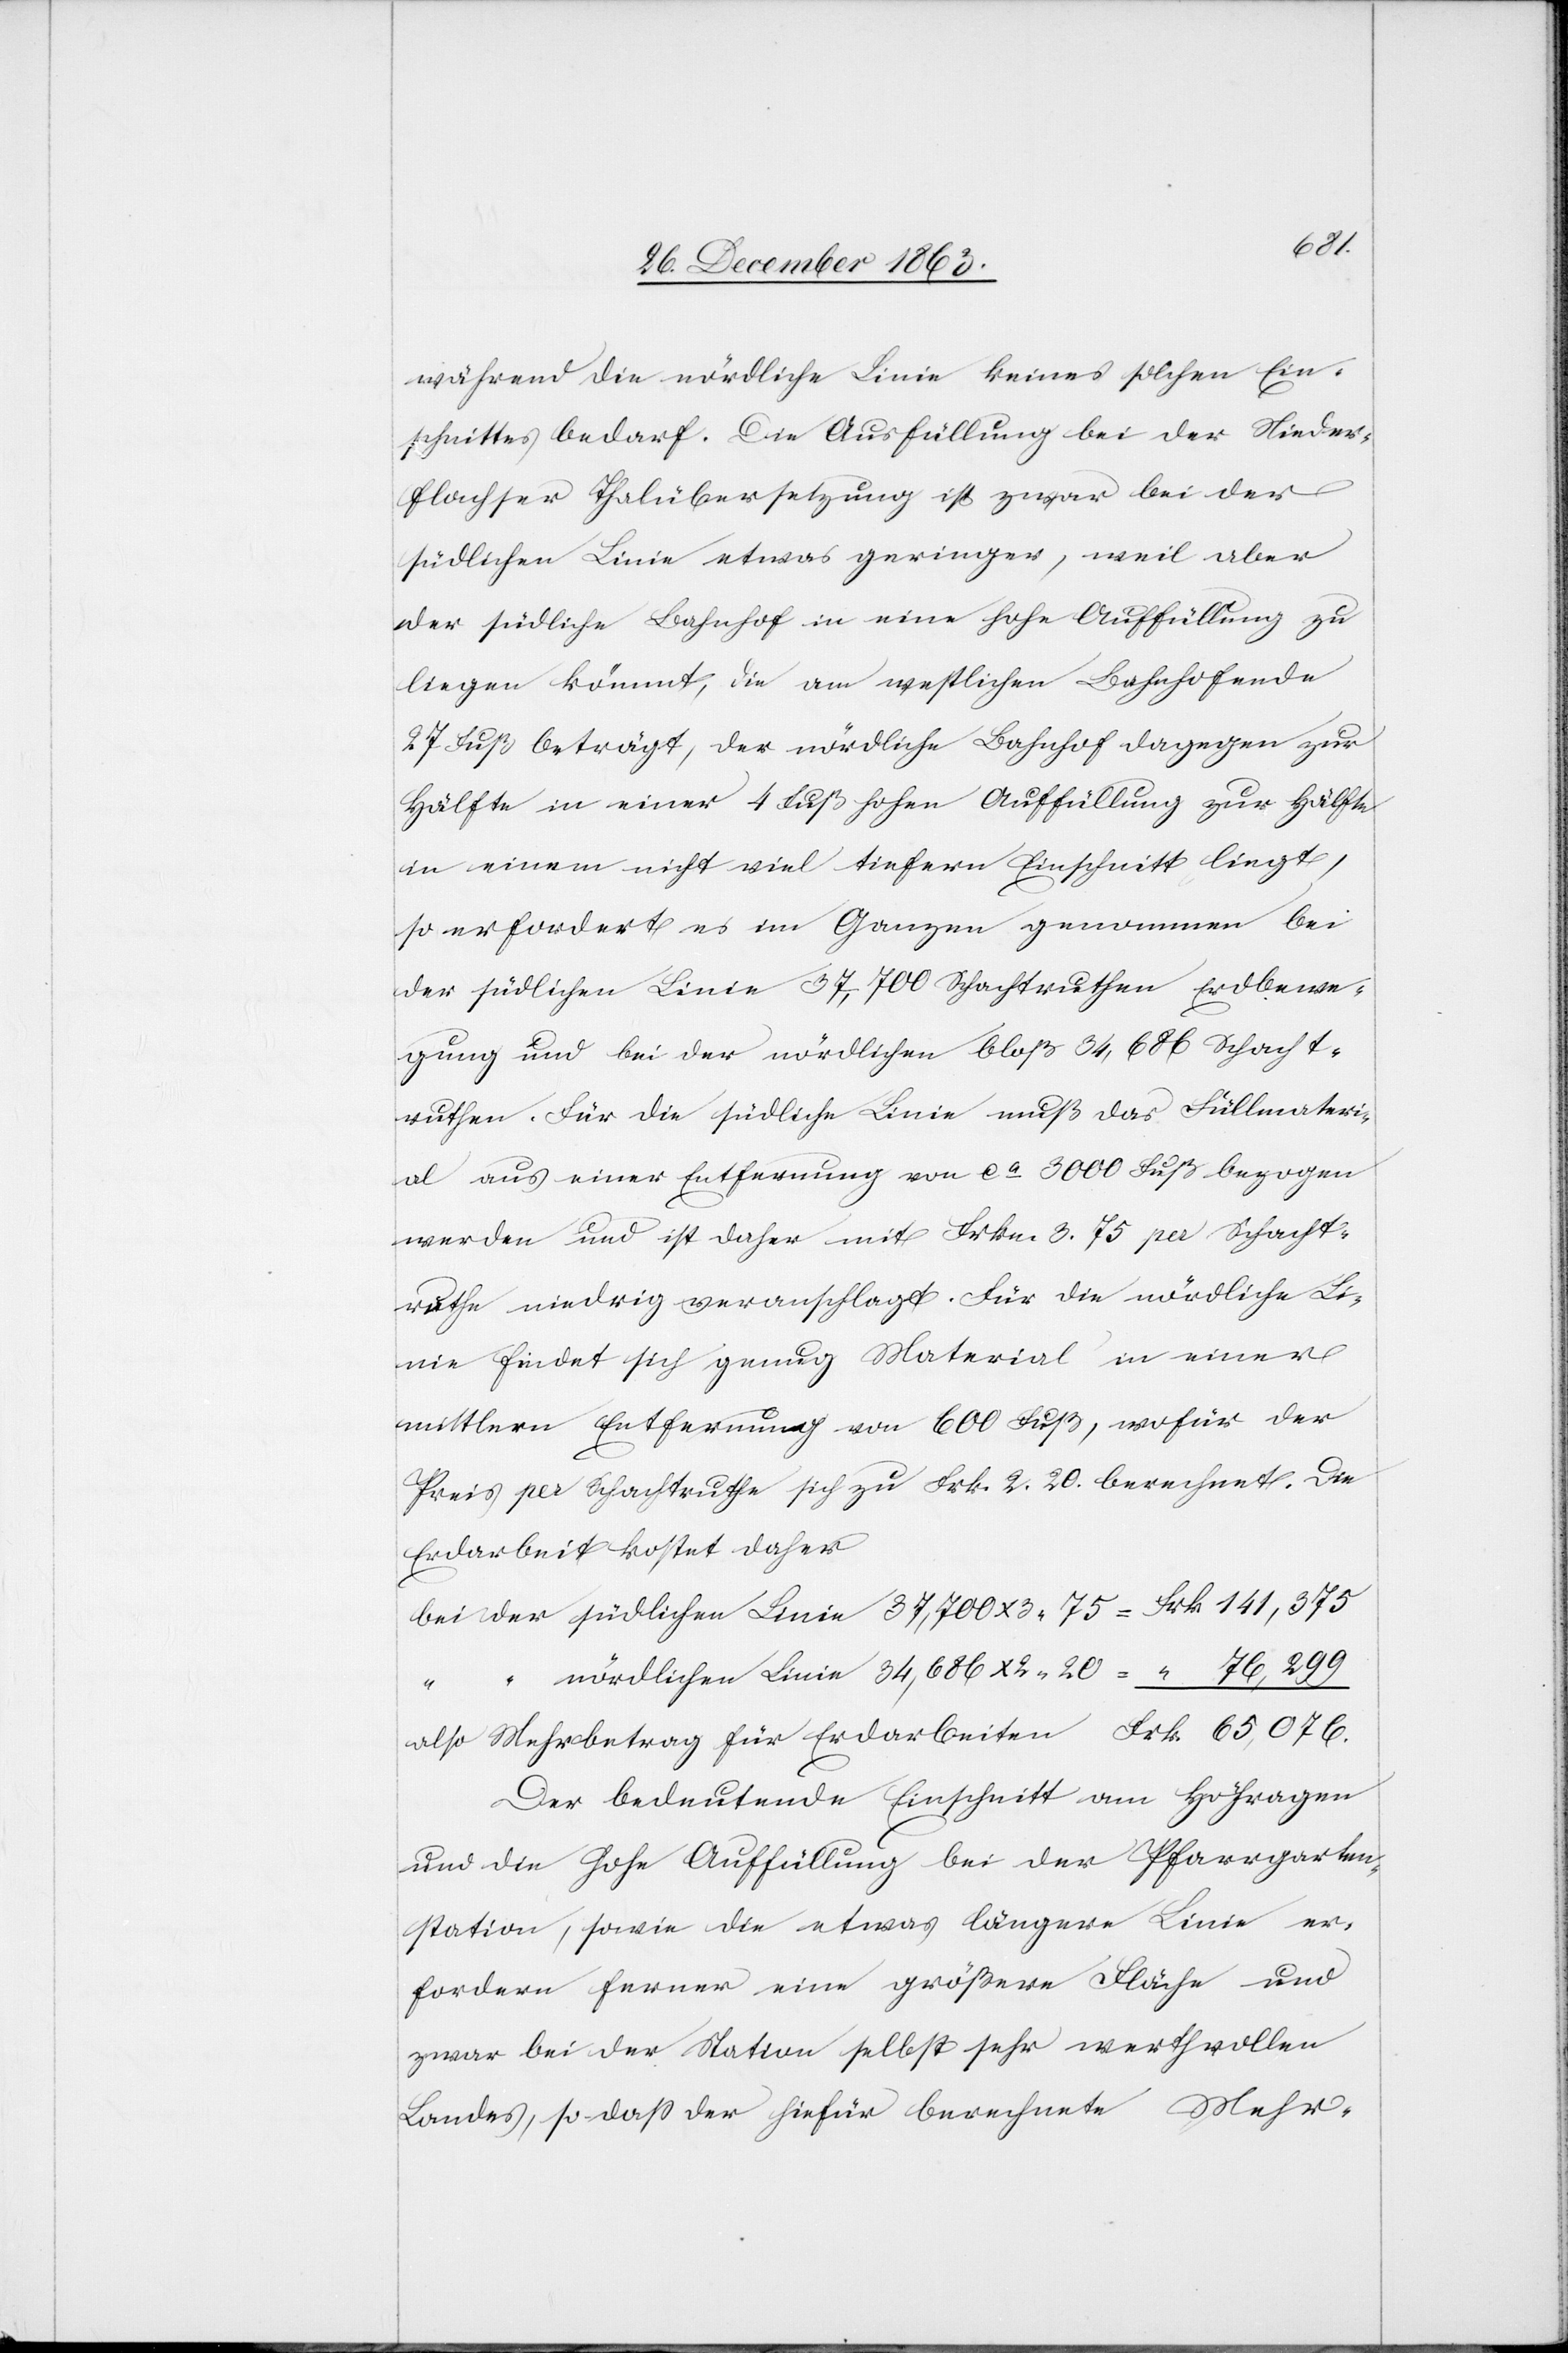
Frk.
während die nördliche Linie keines solchen Ein¬
schnittes bedarf. Die Ausfüllung bei der Nieder¬
flachser Thalübersetzung ist zwar bei der
südlichen Linie etwas geringer, weil aber
der südliche Bahnhof in eine hohe Auffüllung zu
liegen kömmt, die am westlichen Bahnhofende
27 Fuß beträgt, der nördliche Bahnhof dagegen zur
Hälfte in einer 4 Fuß hohen Auffüllung zur Hälfte
in einem nicht viel tiefern Einschnitt liegt,
so erfordert es im Ganzen genommen bei
der südlichen Linie 37,700 Schachtruthen Erdbewe¬
gung und bei der nördlichen bloß 34,686 Schacht¬
ruthen. Für die südliche Linie muß das Füllmateri¬
al aus einer Entfernung von ca 3000 Fuß bezogen
werden und ist daher mit Frkn. 3. 75 per Schacht¬
ruthe niedrig veranschlagt. Für die nördliche Li¬
nie findet sich genug Material in einer
mittlern Entfernung von 600 Fuß, wofür der
Preis per Schachtruthe sich zu Frk. 2. 20. berechnet. Die
Erdarbeit kostet daher
also Mehrbetrag für
Der bedeutende Einschnitt am Höhragen
und die hohe Auffüllung bei der Pfarrgarten¬
station, sowie die etwas längere Linie er¬
fordern ferner eine größere Fläche und
zwar bei der Station selbst sehr werthvollen
Landes, so dass der hiefür berechnete Mehr-